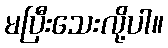
မပြီးသေးလို့ပါ။